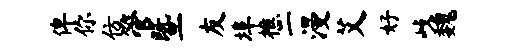
俾你仿管暨友埠樵二漫艾好歧魏